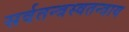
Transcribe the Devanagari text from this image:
सर्वतन्त्रस्वतन्त्राय